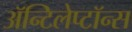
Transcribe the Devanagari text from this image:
ॲन्टिलेप्टॉन्स